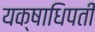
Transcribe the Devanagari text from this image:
यक्षाधिपती